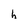
Character: h